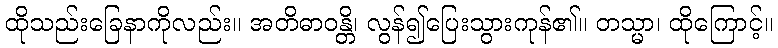
ထိုသည်းခြေနာကိုလည်း။ အတိဓာဝန္တိ၊ လွန်၍ပြေးသွားကုန်၏။ တသ္မာ၊ ထိုကြောင့်။